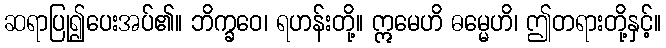
ဆရာပြု၍ပေးအပ်၏။ ဘိက္ခဝေ၊ ရဟန်းတို့။ ဣမေဟိ ဓမ္မေဟိ၊ ဤတရားတို့နှင့်။